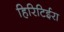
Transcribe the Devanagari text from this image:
हिरिटिईरा